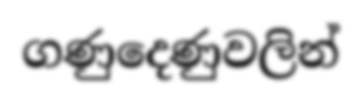
ගණුදෙණුවලින්